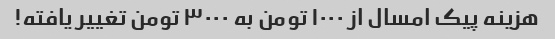
هزینه پیک امسال از ١٠٠٠ تومن به ٣٠٠٠ تومن تغییر یافته!